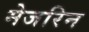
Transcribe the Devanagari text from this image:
मेजरिन